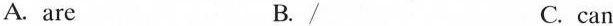
A.are B./ C.can